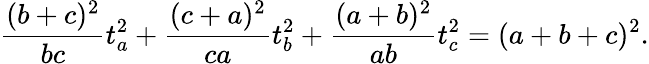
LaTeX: {\frac{(b+c)^{2}}{bc}}t_{a}^{2}+{\frac{(c+a)^{2}}{ca}}t_{b}^{2}+{\frac{(a+b)^{2}}{ab}}t_{c}^{2}=(a+b+c)^{2}.